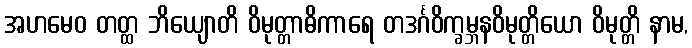
အဟမေဝ တတ္ထ ဘိယျောတိ ဝိမုတ္တာဓိကာရေ တဒင်္ဂဝိက္ခမ္ဘနဝိမုတ္တိယော ဝိမုတ္တိ နာမ,